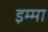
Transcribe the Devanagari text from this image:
इम्मा